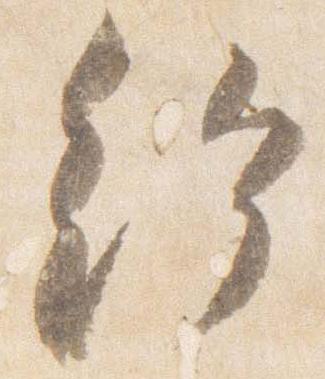
給